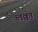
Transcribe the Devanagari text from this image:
लक्वा